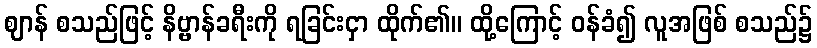
ဈာန် စသည်ဖြင့် နိဗ္ဗာန်ခရီးကို ရခြင်းငှာ ထိုက်၏။ ထို့ကြောင့် ဝန်ခံ၍ လူအဖြစ် စသည်၌